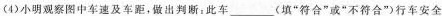
(4)小明观察图中车速及车距，做出判断；此车___(填”符合”或”不符合”)行车安全